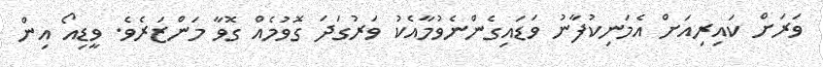
ވަރަށް ކައިރިއަށް އެމަނިކުފާނު ވަޑައިގެންނެވުމާއެކު ވަރުގަދަ ގޮވުމެއް ގޮވާ މަންޒަރެވެ. ވީޑިއޯ އިން